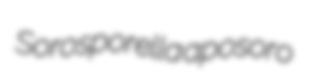
Sorosporella aposoro